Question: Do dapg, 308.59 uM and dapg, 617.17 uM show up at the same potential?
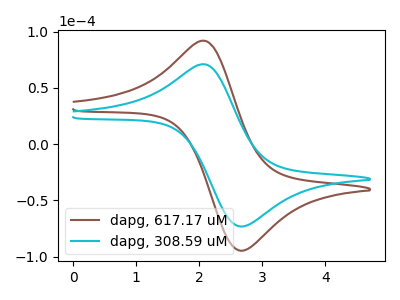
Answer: <think>The brown curve "dapg, 617.17 uM" has an anodic peak at (2.10V, 91.70uA) and a cathodic peak at (2.65V, -94.80uA). The cyan curve "dapg, 308.59 uM" has an anodic peak at (2.10V, 70.90uA) and a cathodic peak at (2.65V, -73.25uA).
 All the peaks in "dapg, 308.59 uM" have a peak in "dapg, 617.17 uM" at the same potential. Every peak in "dapg, 308.59 uM" is lower than every peak in "dapg, 617.17 uM".</think>
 <answer>"dapg, 308.59 uM" and "dapg, 617.17 uM" are similar in shape.</answer>
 <eval>same_shape</eval>